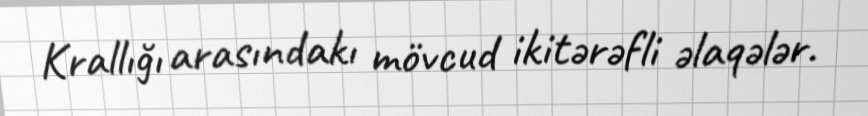
Krallığı arasındakı mövcud ikitərəfli əlaqələr.